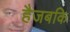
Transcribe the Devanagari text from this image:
हैजबकि